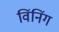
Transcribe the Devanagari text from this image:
विंनिंग